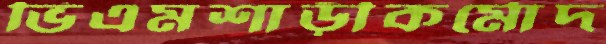
ভিএমশাড়ীকর্মোদ